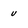
Character: u